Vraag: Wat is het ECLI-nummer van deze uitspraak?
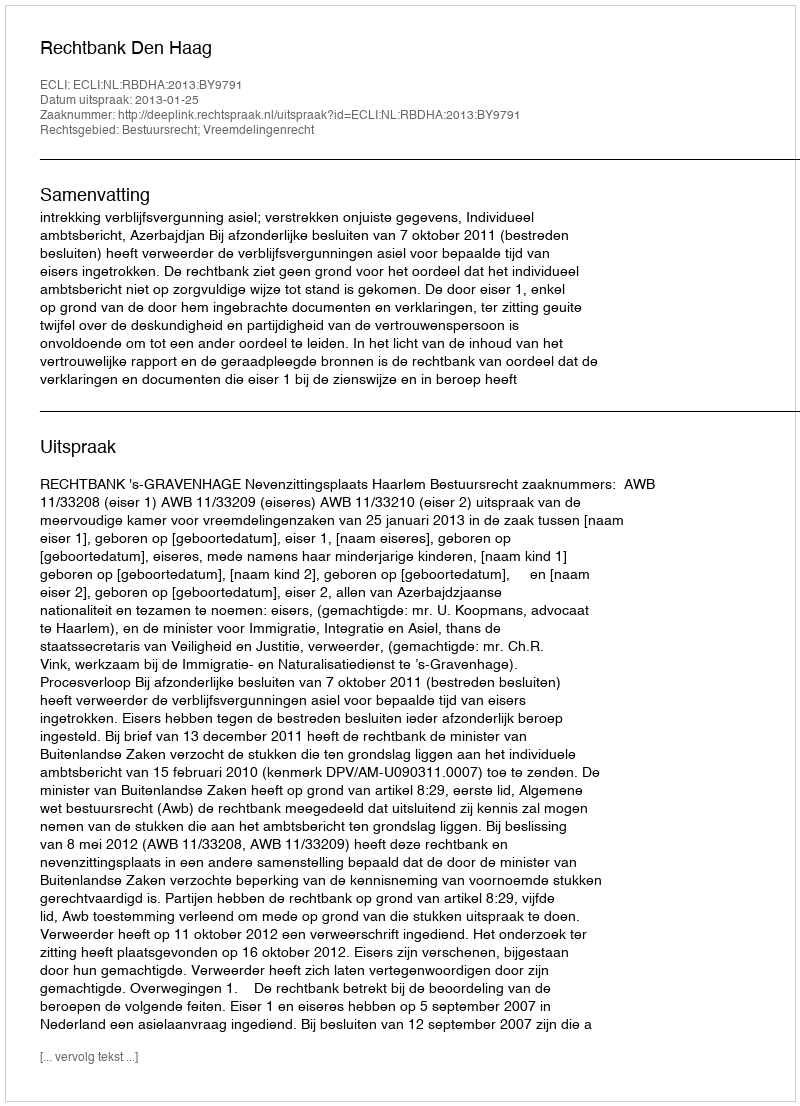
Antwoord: ECLI:NL:RBDHA:2013:BY9791